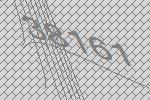
38161